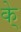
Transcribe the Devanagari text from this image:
के्